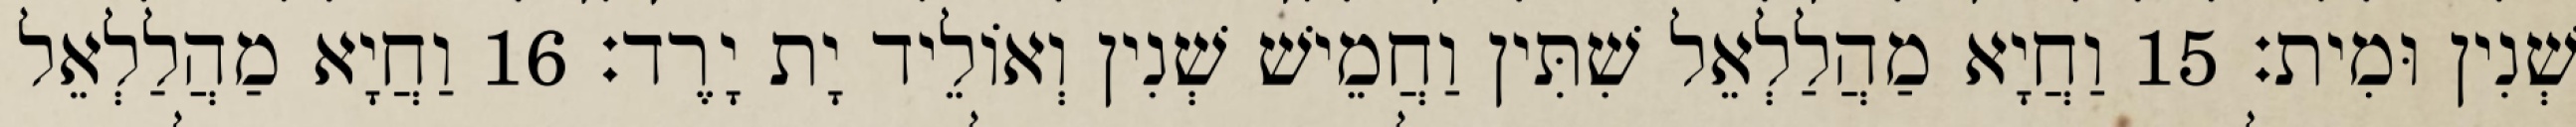
שְׁנִין וּמִית׃ 15 וַחֲיָא מַהֲלַלְאֵל שִׁתִּין וַחֲמֵישׁ שְׁנִין וְאוֹלֵיד יָת יָרֶד׃ 16 וַחֲיָא מַהֲלַלְאֵל